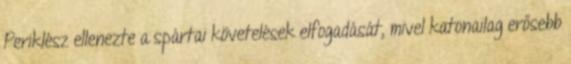
Periklész ellenezte a spártai követelések elfogadását, mivel katonailag erősebb